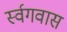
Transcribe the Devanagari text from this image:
र्स्वगवास